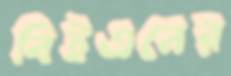
বিইএনের